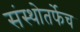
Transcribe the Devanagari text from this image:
संस्थोतर्फेच